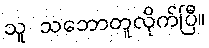
သူ သဘောတူလိုက်ပြီ။